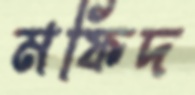
মফিদ